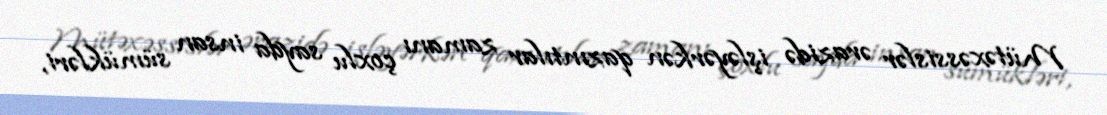
Mütəxəssislər ərazidə işləyərkən qazıntılar zamanı çoxlu sayda insan sümükləri,